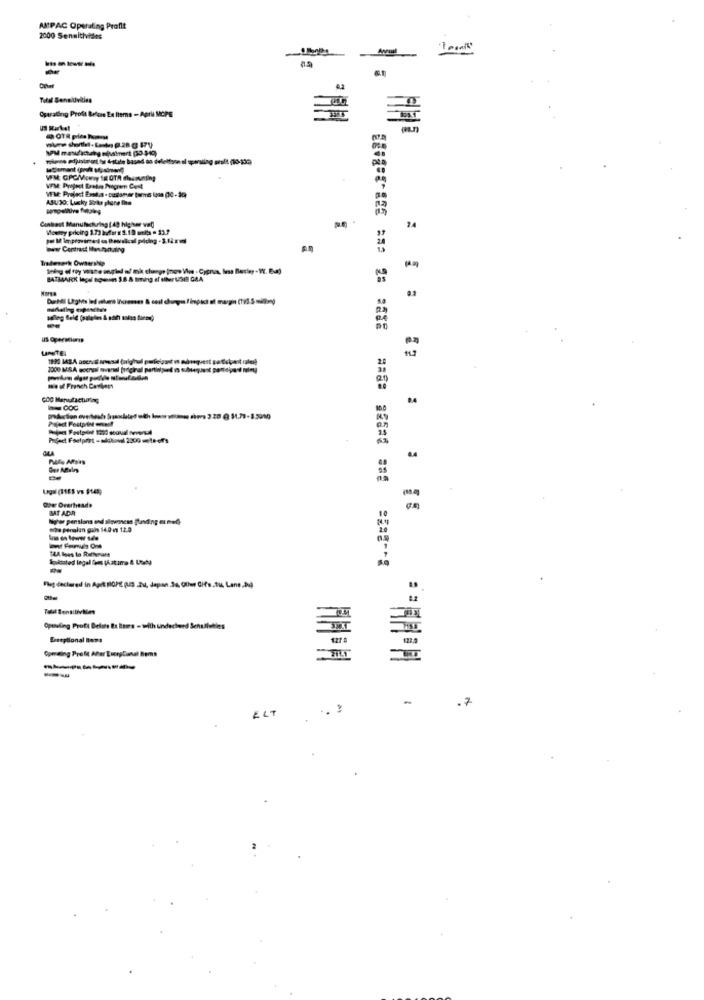
AMPAC Operating Profit
2000 Sensitivides
----
Total Senaluvities
Operating Profit Before Ex Items - Aprl MCPE
US Market
Contrast Manufacturing ( 49 higher weg
Wowey pricing 1.73 hdar x 3.10 url = 33.7
24
www Contract Man.hanusing
Trademark Ownership
LITE
mie of French Cartons
:
23w Overheads
BAT ADR
Nightw pensions and alaveness finding es med)
chra paralan gais 140 1 12.0
Fleg declared in Apit HOPE pus Zu, Japan.Sa, Olius Cifs.tu Lane.M
-
Optiuling Profi Belote Et Bows - with undechued Senudleities
Freeptional Bena
Opmeting Prell APer LuergCanal Rems
--
-
.7
ELT
.. ?